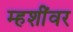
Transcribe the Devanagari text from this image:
म्हशींवर